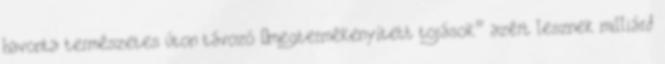
havonta természetes úton távozó „megtermékenyített tojások” azért lesznek milliárd